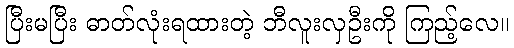
ပြီးမပြီး ဓာတ်လုံးရထားတဲ့ ဘီလူးလှဦးကို ကြည့်လေ။